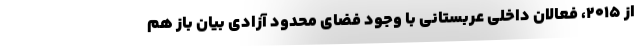
از ۲۰۱۵، فعالان داخلی عربستانی با وجود فضای محدود آزادی بیان باز هم